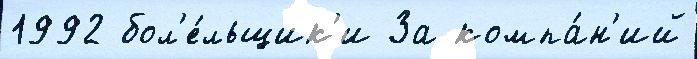
1992 бол'е́льщик'и За компа́н'ий